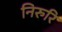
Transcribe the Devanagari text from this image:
निरुरि